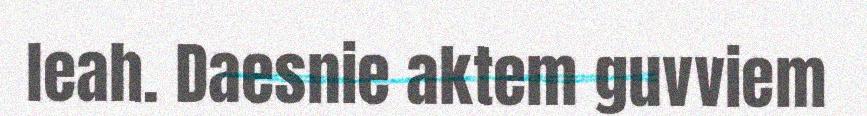
leah. Daesnie aktem guvviem